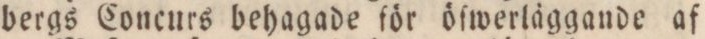
bergs Concurs behagade för öſwerläggande af